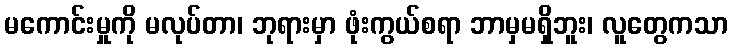
မကောင်းမှုကို မလုပ်တာ၊ ဘုရားမှာ ဖုံးကွယ်စရာ ဘာမှမရှိဘူး၊ လူတွေကသာ